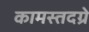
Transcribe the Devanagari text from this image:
कामस्तदग्रे